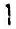
1